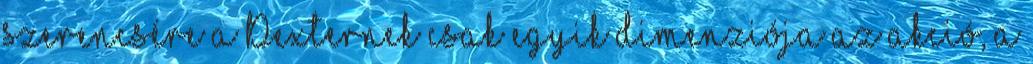
szerencsére a Dexternek csak egyik dimenziója az akció, a